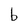
Character: b